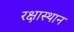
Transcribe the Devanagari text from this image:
रक्षास्थान